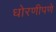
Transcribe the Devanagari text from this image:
धोरणीपणे